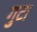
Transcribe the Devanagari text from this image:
गुटा